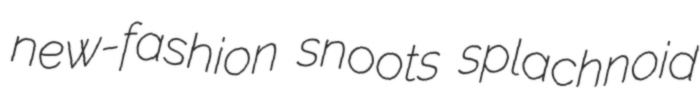
new-fashion snoots splachnoid